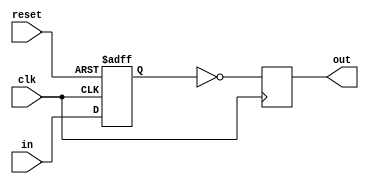
module inverter_delay(
    input wire clk,
    input wire reset,
    input wire in,
    output reg out
);

reg delayed_signal;

always @(posedge clk or posedge reset) begin
    if (reset) begin
        delayed_signal <= 1'b0;
    end else begin
        delayed_signal <= in;
    end
end

always @(posedge clk) begin
    out <= ~delayed_signal;
end

endmodule